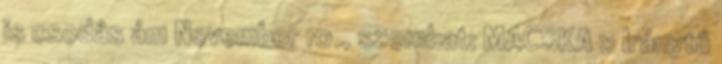
is csodás ám November 10., szombat: MACSKA :: Iránytű